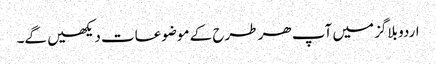
اردو بلاگز میں آپ ھر طرح کے موضوعات دیکھیں گے۔